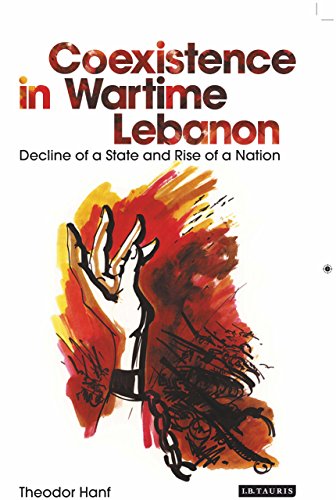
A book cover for Coexistence in Wartime Lebanon: Decline of a State and Rise of a Nation; Theodor Hanf; History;